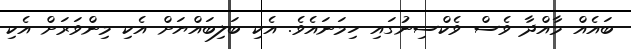
ބައެއް މާއްދާ ވެސް ވެކްސިނުގައި ހިމަނައެވެ. އެކި ބަލިބައްޔަށް އެކި މިންވަރަށް އެކި